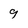
Character: 9